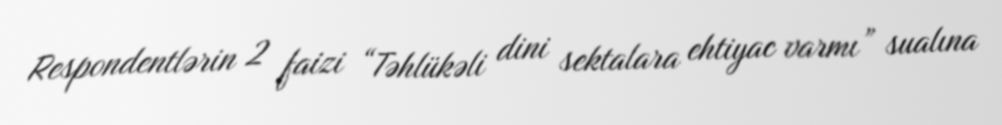
Respondentlərin 2 faizi “Təhlükəli dini sektalara ehtiyac varmı” sualına